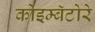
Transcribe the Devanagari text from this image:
कोइम्बॅटोरे